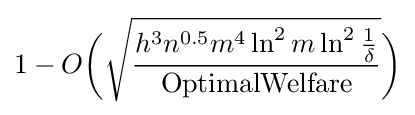
1-O{\bigg (}{\sqrt {h^{3}n^{0.5}m^{4}\ln ^{2}m\ln ^{2}{1 \over \delta } \over {\text{OptimalWelfare}}}}{\bigg )}